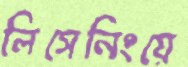
লিসেনিংয়ে